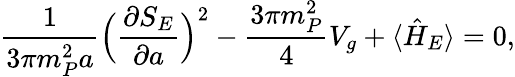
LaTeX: \frac{1}{3\pi m_{P}^{2}a}\Bigl(\frac{\partial S_{E}}{\partial a}\Bigr)^{2}-\frac{3\pi m_{P}^{2}}{4}V_{g}+\langle\hat{H}_{E}\rangle=0,